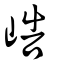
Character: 峼